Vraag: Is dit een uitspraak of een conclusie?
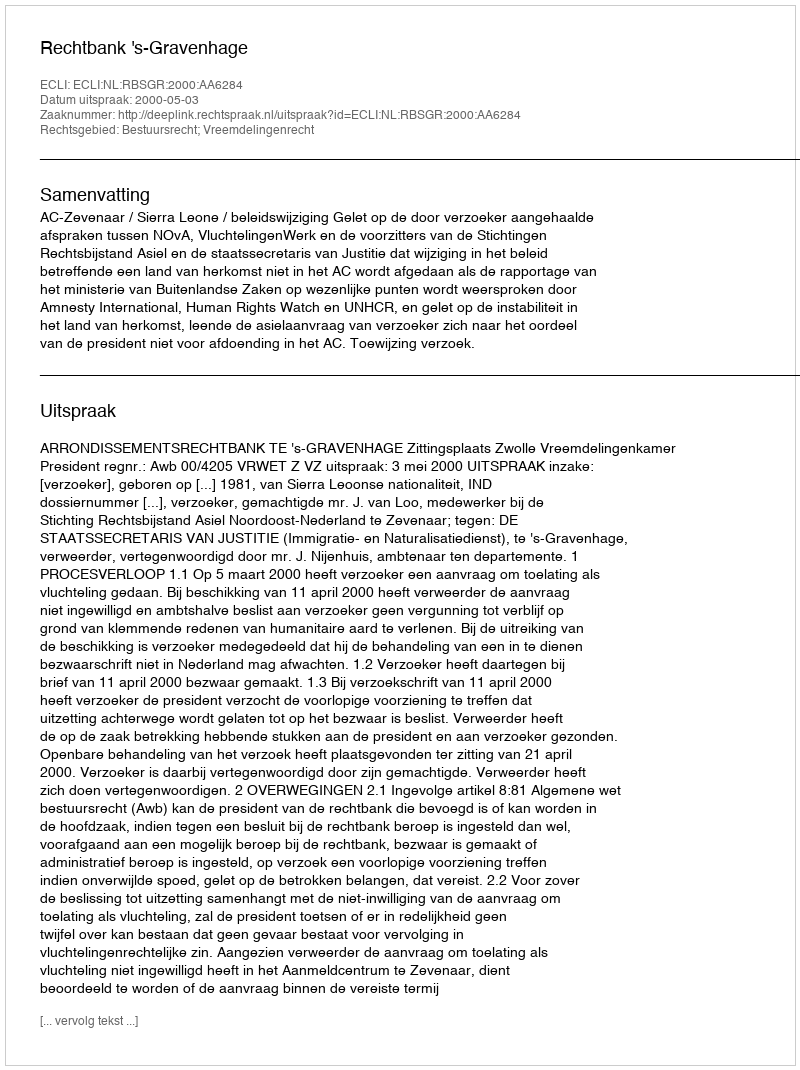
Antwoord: Uitspraak